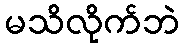
မသိလိုက်ဘဲ